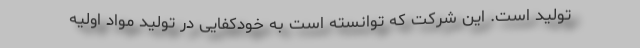
تولید است. این شرکت که توانسته است به خودکفایی در تولید مواد اولیه